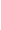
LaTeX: Z\! \! \! \! \! \! \! \! \! \! \! \! =\! \! \! \! \! \! \! \! \! \! \! \! (F\! \! \! \! \! \! \! \! \! \! \! \! ^{\! }\! \! \! \! \! \! \! \! \! \! \! +\! \! \! \! \! \! \! \! \! \! \! \! ,F\! \! \! \! \! \! \! \! \! \! \! \! ^{\! }\! \! \! \! \! \! \! \! \! \! \! -\! \! \! \! \! \! \! \! \! \! \! \! )\! \! \! \! \! \! \! \! \! \! \! \! _{f}\! \! \! \! \! \! \! \! \! \! \!